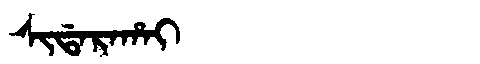
Manchu: ᠰᡳᡩᠠᡵᠠᡥᠠᡳ
Romanization: SIDARAHAI